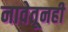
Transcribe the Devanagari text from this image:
नावेतूनही